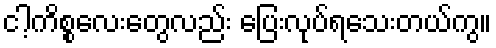
ငါ့ကိစ္စလေးတွေလည်း ပြေးလုပ်ရသေးတယ်ကွ။